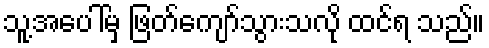
သူ့အပေါ်မှ ဖြတ်ကျော်သွားသလို ထင်ရ သည်။